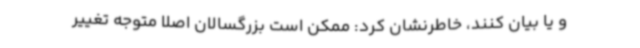
و یا بیان کنند، خاطرنشان کرد: ممکن است بزرگسالان اصلا متوجه تغییر